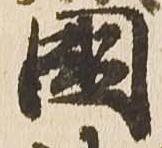
国